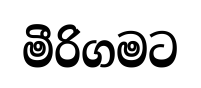
මීරිගමට